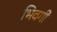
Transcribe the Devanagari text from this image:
भिवर्गी